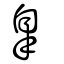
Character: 臯